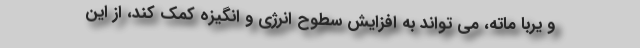
و یربا ماته، می تواند به افزایش سطوح انرژی و انگیزه کمک کند، از این